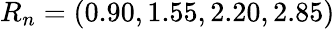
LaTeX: R_{n}=(0.90,1.55,2.20,2.85)